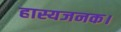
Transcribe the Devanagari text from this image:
हास्यजनक।